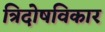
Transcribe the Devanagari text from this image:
त्रिदोषविकार